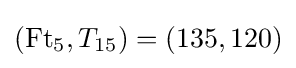
(\operatorname {Ft} _{5},T_{15})=(135,120)